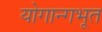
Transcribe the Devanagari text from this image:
योगान्गभूत